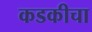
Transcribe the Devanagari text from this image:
कडकीचा